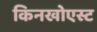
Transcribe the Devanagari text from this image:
किनखोएस्ट